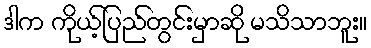
ဒါက ကိုယ့်ပြည်တွင်းမှာဆို မသိသာဘူး။